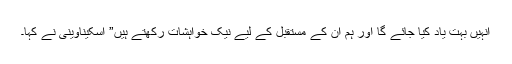
انہیں بہت یاد کیا جائے گا اور ہم ان کے مستقبل کے لیے نیک خواہشات رکھتے ہیں” اسکیناوینی نے کہا۔